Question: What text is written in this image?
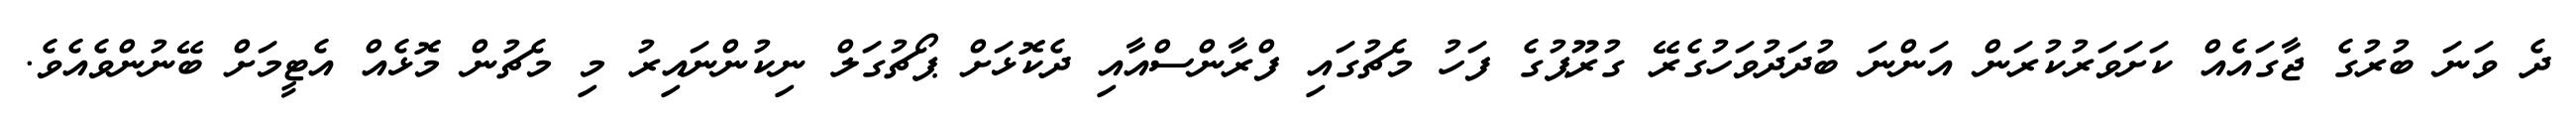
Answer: ދެ ވަނަ ބުރުގެ ޖާގައެއް ކަށަވަރުކުރަން އަންނަ ބުދަދުވަހުގެރޭ ގުރޫޕުގެ ފަހު މެޗުގައި ފްރާންސްއާއި ދެކޮޅަށް ޕޯޗުގަލް ނިކުންނައިރު މި މެޗުން މޮޅެއް އެޓީމަށް ބޭނުންވެއެވެ.